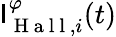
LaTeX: \mathsf{I}_{\mathrm{{~H~a~l~l~}},i}^{\varphi}(t)